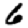
Digit: 6